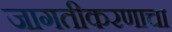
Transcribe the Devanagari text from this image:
जागतीकरणाचा